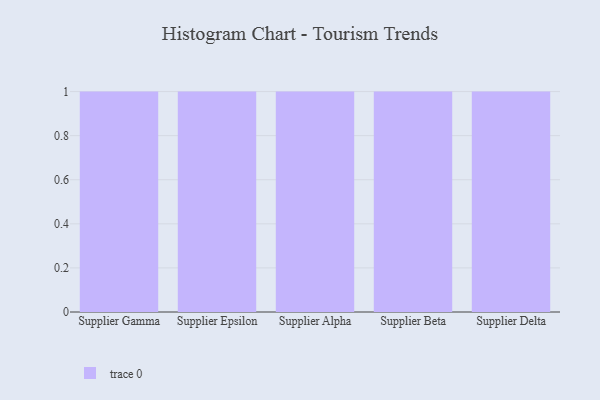
{"axis": {"x": "Supplier", "y": "Churn Rate (%)"}, "legend": [""], "data": [{"x": "Supplier Gamma", "y": 72, "type": ""}, {"x": "Supplier Epsilon", "y": 39, "type": ""}, {"x": "Supplier Alpha", "y": 37, "type": ""}, {"x": "Supplier Beta", "y": 5, "type": ""}, {"x": "Supplier Delta", "y": 71, "type": ""}]}